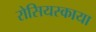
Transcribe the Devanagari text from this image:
रोसियस्काया